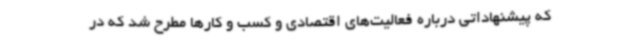
که پیشنهاداتی درباره فعالیت‌های اقتصادی و کسب و کارها مطرح شد که در